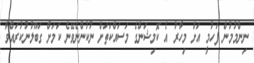
ނިންމުމުން ފަހުމީ އަށް މިހާރު އެ ކޮމިޝަންގެ މަސައްކަތަށް ނުކުންނެވޭނެ ކަމަށް ގަބޫލުނުކުރައްވާ